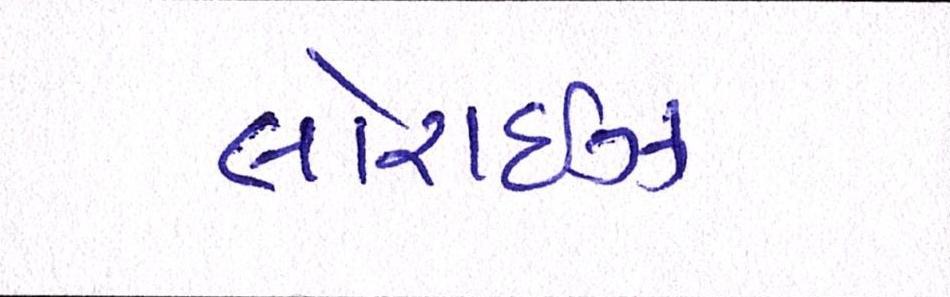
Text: લોરાઈઝ